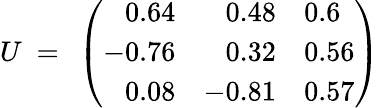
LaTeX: U\ =\ \left(\begin{array}{rrl}{{0.64}}&{{0.48}}&{{0.6}}\\ {{-0.76}}&{{0.32}}&{{0.56}}\\ {{0.08}}&{{-0.81}}&{{0.57}}\end{array}\right)